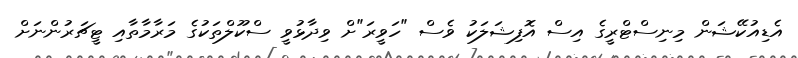
އެޑިއުކޭޝަން މިނިސްޓްރީގެ އިސް އޮފިޝަލަކު ވެސް "ހަވީރަ"ށް ވިދާޅުވީ ސްކޫލްތަކުގެ މަރާމާތާއި ޓީޗަރުންނަށް